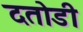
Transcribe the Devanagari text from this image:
दतोडी